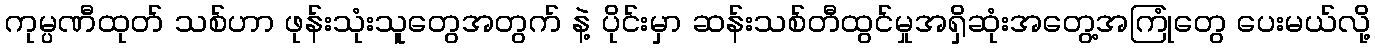
ကုမ္ပဏီထုတ် သစ်ဟာ ဖုန်းသုံးသူတွေအတွက် နဲ့ ပိုင်းမှာ ဆန်းသစ်တီထွင်မှုအရှိဆုံးအတွေ့အကြုံတွေ ပေးမယ်လို့